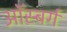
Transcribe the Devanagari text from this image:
ऑस्बर्ग